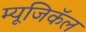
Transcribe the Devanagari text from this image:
म्यूजिकॅल